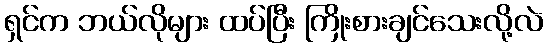
ရှင်က ဘယ်လိုများ ထပ်ပြီး ကြိုးစားချင်သေးလို့လဲ